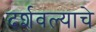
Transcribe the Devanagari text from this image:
दर्शवल्याचे